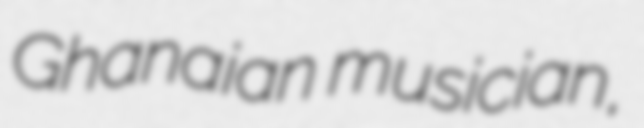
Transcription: Ghanaian musician,